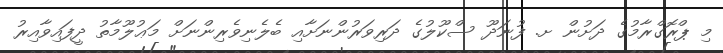
މި ޕްރޮގްރާމުގެ ދަށުން ށ. ފުނަދޫ ސްކޫލުގެ ދަރިވަރުންނަށާއި ބެލެނިވެރިންނަށް މަޢުލޫމާތު ދީފައިވާއިރު